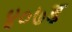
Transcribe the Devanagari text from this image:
४०७ड